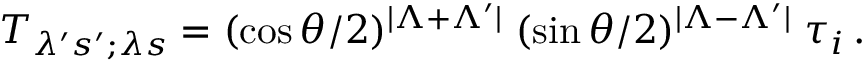
T _ { \lambda ^ { \prime } s ^ { \prime } ; \lambda s } = ( \cos \theta / 2 ) ^ { | \Lambda + \Lambda ^ { \prime } | } \; ( \sin \theta / 2 ) ^ { | \Lambda - \Lambda ^ { \prime } | } \; \tau _ { i } \, .